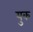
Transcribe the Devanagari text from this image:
युक